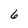
Character: 6